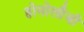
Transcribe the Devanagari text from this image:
होमोलौजी